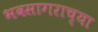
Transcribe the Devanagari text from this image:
भवसागराच्या